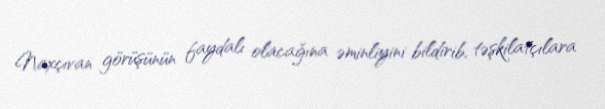
Naxçıvan görüşünün faydalı olacağına əminliyini bildirib, təşkilatçılara